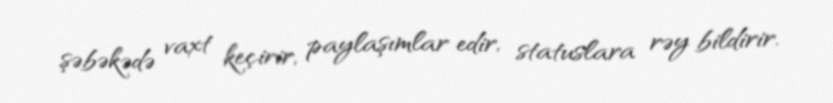
şəbəkədə vaxt keçirir, paylaşımlar edir, statuslara rəy bildirir.